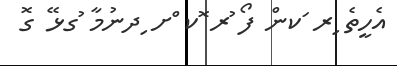
އެހީތެ ިރ ަކން ފޯ ުރ ޮކ ްށ ިދނުމާ ުގޅޭ ގޮ